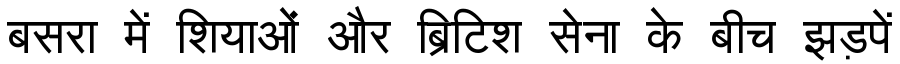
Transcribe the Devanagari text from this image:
बसरा में शियाओं और ब्रिटिश सेना के बीच झड़पें